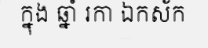
ក្នុង ឆ្នាំ រកា ឯកស័ក